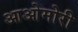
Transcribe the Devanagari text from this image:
आओमोरी